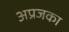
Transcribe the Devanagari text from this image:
अप्रजका